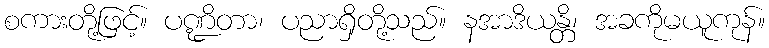
စကားတို့ဖြင့်။ ပဏ္ဍိတာ၊ ပညာရှိတို့သည်။ နအာဒိယန္တိ၊ အခကိုမယူကုန်။